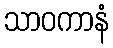
သာဝကာနံ